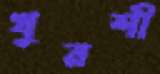
খুরশী